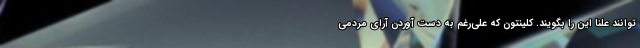
‌توانند علنا این را بگویند. کلینتون که علی‌رغم به دست آوردن آرای مردمی